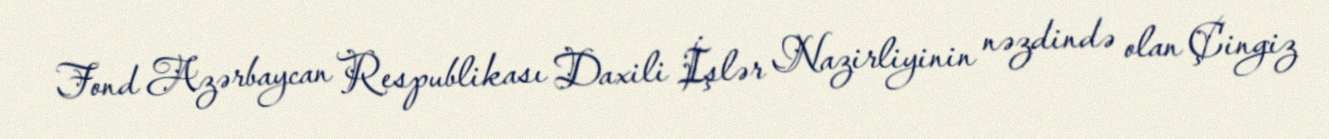
Fond Azərbaycan Respublikası Daxili İşlər Nazirliyinin nəzdində olan Çingiz